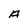
Character: A